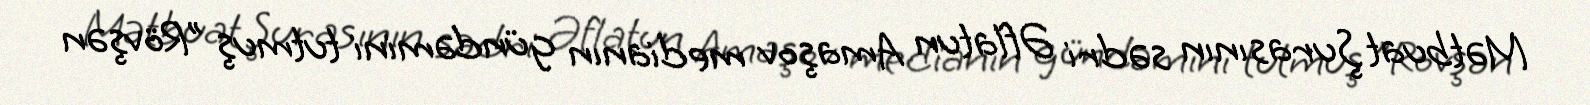
Mətbuat Şurasının sədri Əflatun Amaşov medianın gündəmini tutmuş "Rövşən